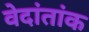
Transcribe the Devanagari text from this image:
वेदांतांक